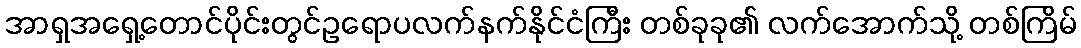
အာရှအရှေ့တောင်ပိုင်းတွင်ဥရောပလက်နက်နိုင်ငံကြီး တစ်ခုခု၏ လက်အောက်သို့ တစ်ကြိမ်